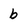
Character: b